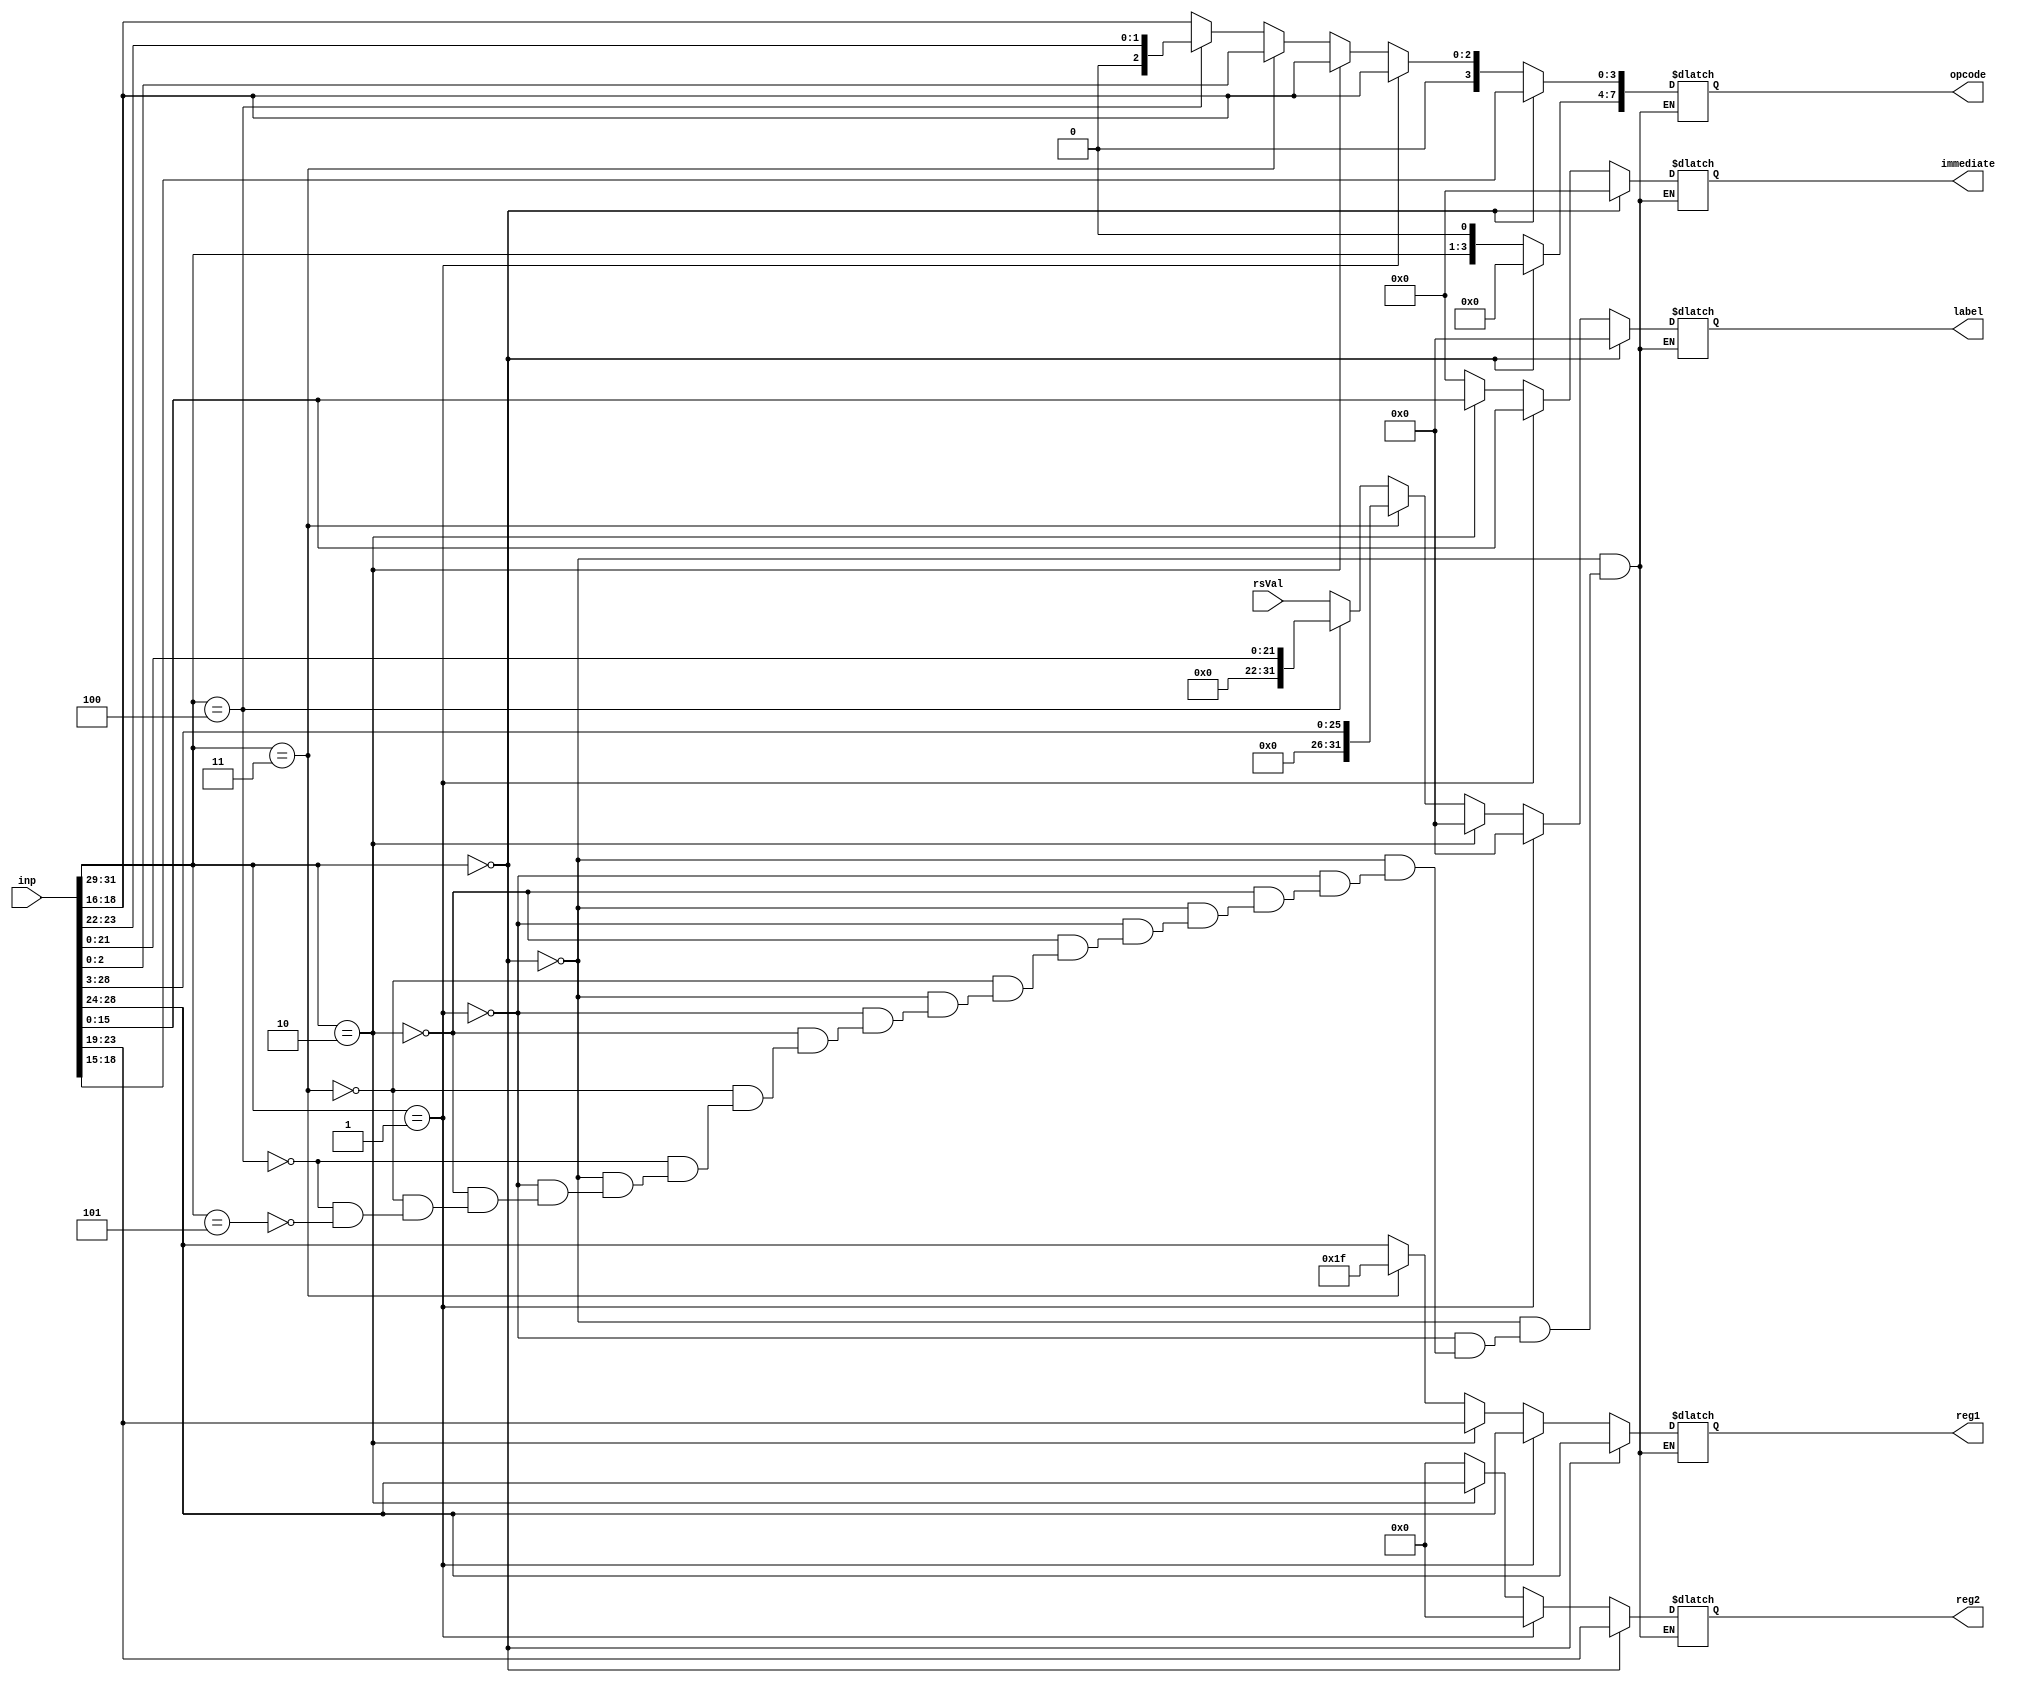
`timescale 1ns / 1ps
//////////////////////////////////////////////////////////////////////////////////
// Company: 
// Engineer: 
// 
// Design Name: 
// Module Name:    Instruction_decoder 
// Project Name: 
// Target Devices: 
// Tool versions: 
// Description: 
//
// Dependencies: 
//
// Revision: 
// Revision 0.01 - File Created
// Additional Comments: 
//
//////////////////////////////////////////////////////////////////////////////////
module Instruction_decoder(opcode, reg1, reg2, label, immediate, inp, rsVal);
	output reg[7:0] opcode;
	output reg[4:0] reg1, reg2;
	output reg[31:0] label;
	output reg[15:0] immediate;
	
	input[31:0] inp, rsVal;
	
	always@(inp) begin
		if(inp[31:29] == 3'b000)  begin
			reg1 = inp[28:24];
			reg2 = inp[23:19];
			label = 32'b0;
			immediate = 16'b0;
			opcode = 8'b0;
			opcode[3:0] = inp[18:15];
		end
		else if(inp[31:29] == 3'b001) begin
			reg1 = inp[28:24];
			reg2 = 0;
			label = 32'b0;
			immediate = inp[15:0];
			opcode = 8'b0;
			opcode[2:0] = inp[18:16];
			opcode[7:5] = inp[31:29];
		end
		else if(inp[31:29] == 3'b010) begin
			reg2 = inp[28:24];
			reg1 = inp[23:19];
			label = 32'b0;
			immediate = inp[15:0];
			opcode = 8'b0;
			opcode[2:0] = inp[18:16];
			opcode[7:5] = inp[31:29];
		end
		else if(inp[31:29] == 3'b011) begin
			reg1 = 5'b11111;
			reg2 = 0;
			label = inp[28:3];
			immediate = 16'b0;
			opcode = 8'b0;
			opcode[2:0] = inp[2:0];
			opcode[7:5] = inp[31:29];
		end
		else if(inp[31:29] == 3'b100) begin
			reg1 = inp[28:24];
			reg2 = 0;
			label = inp[21:0];
			immediate = 16'b0;
			opcode = 8'b0;
			opcode[2:0] = inp[23:22];
			opcode[7:5] = inp[31:29];
		end
		else if(inp[31:29] == 3'b101) begin
			reg1 = inp[28:24];
			reg2 = 0;
			label = rsVal;
			immediate = 16'b0;
			opcode = 8'b0;
			opcode[2:0] = inp[18:16];
			opcode[7:5] = inp[31:29];
		end
	end

endmodule